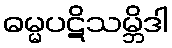
ဓမ္မပဋိသမ္ဘိဒါ